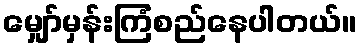
မျှော်မှန်းကြံစည်နေပါတယ်။